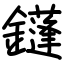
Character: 鑝